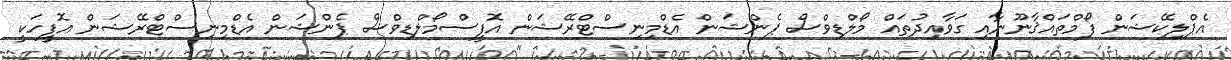
އެޕްލިކޭޝަން ފޯމްތައްޤާނޫނާއި ގަވާއިދުތައް މޯލްޑިވްސް ޕެންޝަން އެޑްމިނިސްޓްރޭޝަން އޮފީސްމޯލްޑިވްސް ޕެންޝަން އެޑްމިނިސްޓްރޭޝަން އޮފީހަކީ